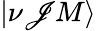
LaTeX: |\nu\mathscr{J}M\rangle